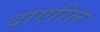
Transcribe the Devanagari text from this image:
दाएरिल